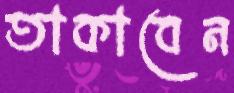
তাকাবেন